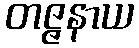
တဇ္ဇနာယ